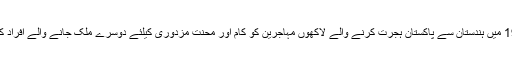
بنک نے 1947 میں ہندستان سے پاکستان ہجرت کرنے والے لاکھوں مہاجرین کو کام اور محنت مزدوری کیلئے دوسرے ملک جانے والے افراد کے طور پر لیا۔